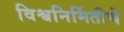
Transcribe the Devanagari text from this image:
विश्वनिर्मितीचे